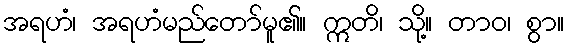
အရဟံ၊ အရဟံမည်တော်မူ၏။ ဣတိ၊ သို့။ တာဝ၊ စွာ။